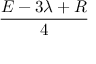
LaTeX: \frac { E - 3 \lambda + R } { 4 }